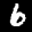
Label: 6